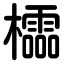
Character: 櫺